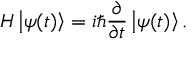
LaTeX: H \left| \psi ( t ) \right\rangle = i \hbar { \frac { \partial } { \partial t } } \left| \psi ( t ) \right\rangle .